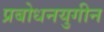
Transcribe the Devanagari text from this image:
प्रबोधनयुगीन